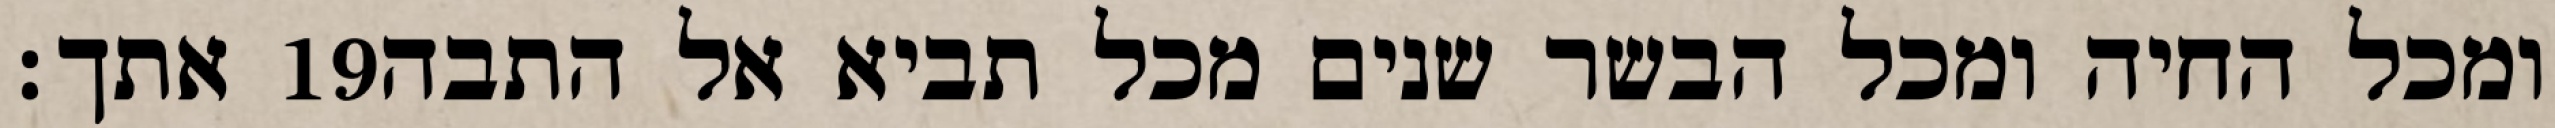
אתך׃ ‎19‏ ומכל החיה ומכל הבשר שנים מכל תביא אל התבה